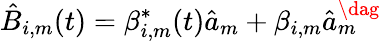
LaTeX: \hat{B}_{i,m}(t)=\beta_{i,m}^{*}(t)\hat{a}_{m}+\beta_{i,m}\hat{a}_{m}^{\dag}